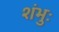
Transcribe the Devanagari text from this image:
शंभुः